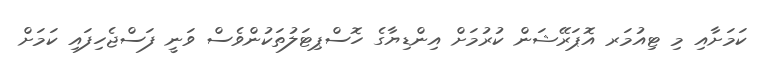
ކަމަށާއި މި ޓިއުމަރ އޮޕަރޭޝަން ކުރުމަށް އިންޑިޔާގެ ހޮސްޕިޓަލުތަކުންވެސް ވަނީ ފަސްޖެހިފައި ކަމަށް